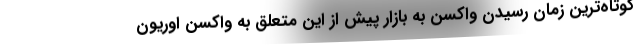
کوتاه‌ترین زمان رسیدن واکسن به بازار پیش از این متعلق به واکسن اوریون